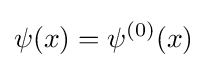
\psi (x)=\psi ^{(0)}(x)